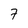
Character: 7